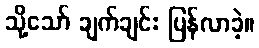
သို့သော် ချက်ချင်း ပြန်လာခဲ့။